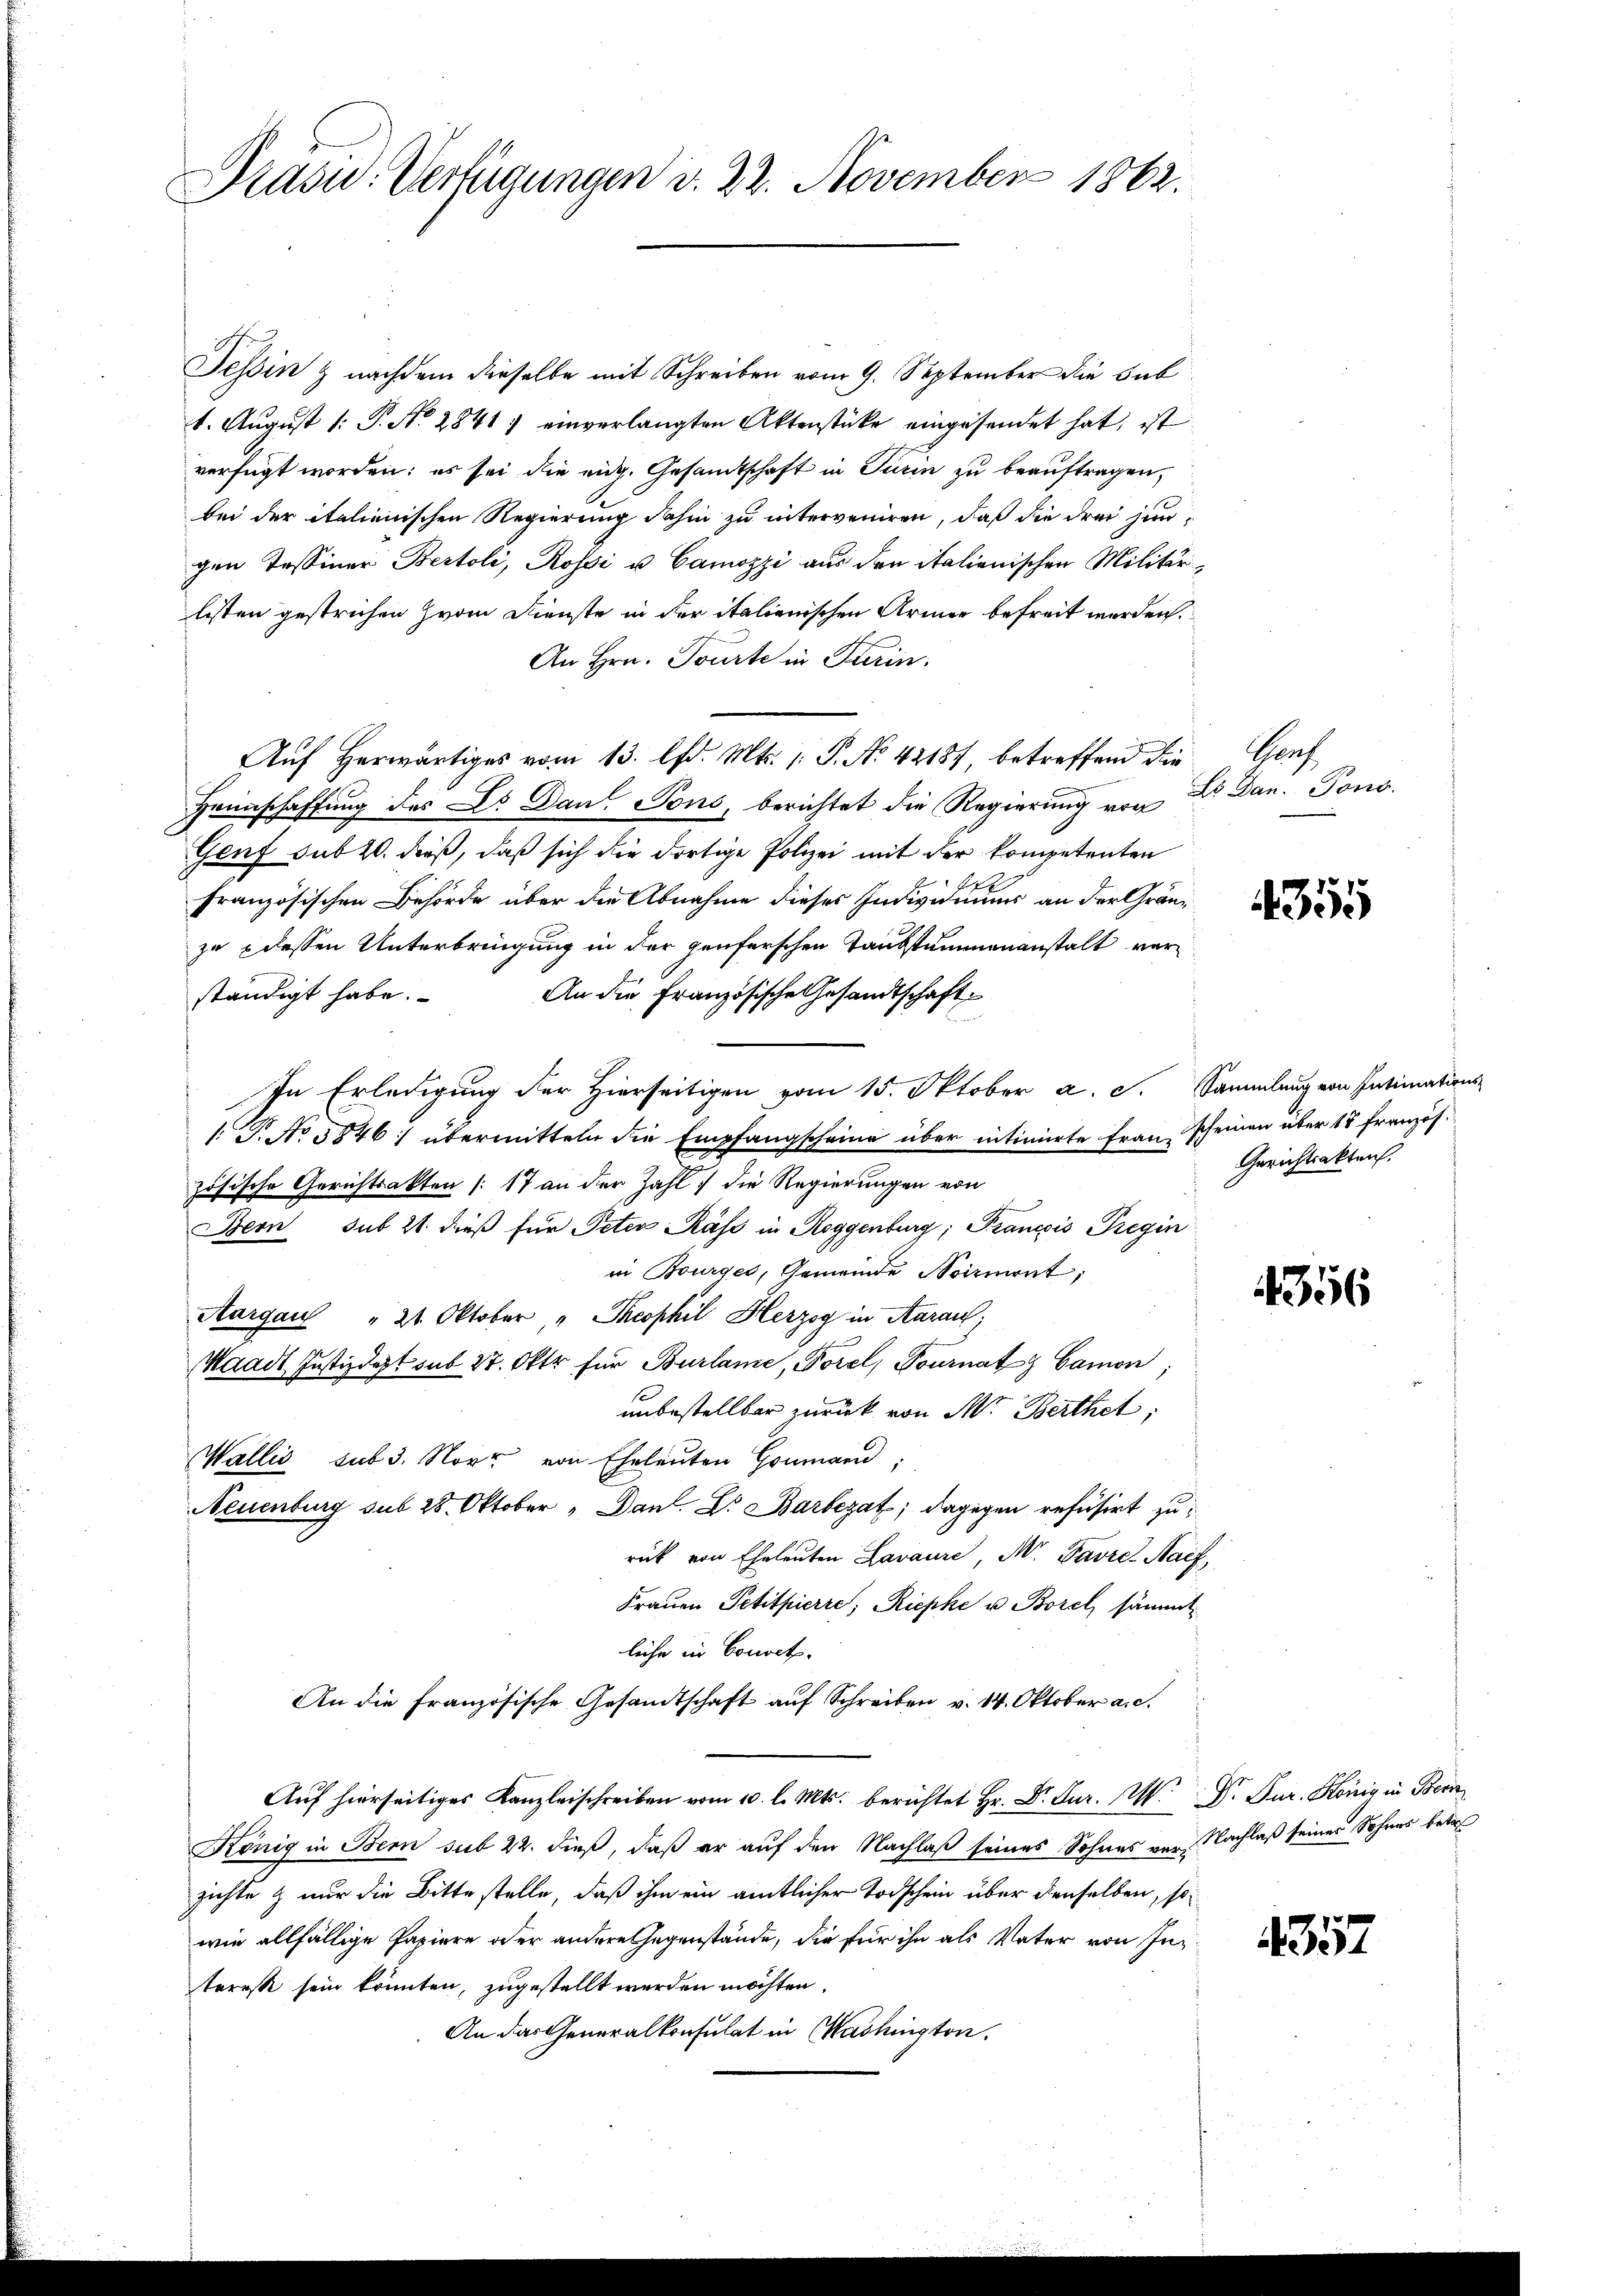
Präsid.. Verfügungen d. 22. November 1862.

Tessin & nachdem dieselbe mit Schreiben vom 9. September die Sub
1. August /: P. Nr. 2841 ; einverlangten Aktenstücke eingesendet hat, ist
verfügt worden: es sei die eidg. Gesandtschaft in Turin zu beauftragen,
bei der italienischen Regierung dahin zu interveniren, daß die drei jungen Tessiner Bertoli, Rossi u. Camozzi aus den italienischen Militärlisten gestrichen vom Dienste in der italienischen Armer befreit werden.
An Hrn. Tourte in Turin.
Aŭf herwärtiges vom 13. lfd. Mts. 1. P. Nr. 42187, betreffend die Genf
Heimschaffung des Dr. Dan Tons, berichtet die Regierung von
Genf sub 20. dieß, daß sich die dortige Polizei mit der kompetenten
f
französischen Behörde über die Abnahme dieses Individuums an der Gränzzu 8 dessen Unterbringung in der genferschen Taubstummenanstalt ver¬
An die Französische Gesandtschaft
ständigt habe.
In Erledigung der Hierseitigen vom 15. Oktober a. c. Sammlung von Intimations-
1. P. No 3846; übermitteln die Empfangscheine über intimierte Frau scheinen über 15 französ.
zösische Gerichtsakten (:17 an der Zahl die Regierungen von
Bern sub 21. dieß für Peter Käse in Roggenburg; Prancois Gregin
in Bourger, Gemeinde Noirient
Aargau " 21. Oktober "Theophil Herzog in Aarau
Waadt Justizdept sub 27. Oktr für Burlame, Porel, Tournatz Camon;
unbestellter zurück von M. Berthet,
Wallis sub 3. Nov. von Eheleuten Goumann,
Neuenburg sub 28. Oktober „Danl. L. Barbezat; dagegen refusirt zurück von Eheleuten Lavaure, Mr. Favre Nach,
Frauen Petitpierre, Riepke u. Borel, sämmt
liche in Convet.
An die Französische Gesandtschaft auf Schreiben v. 14. Oktober a. c.
Auf hierseitiges Kanzlerschreiben vom 10. l. Mts. berichtet Hr. Dr. Jur. M. D. Jur. König in Bern
König in Bern sub 22. dieß, daß er auf den Nachlaß seines Sohnes von Nachlaß seines Sohnes betref
zichte & nur die Bitte stelle, daß ihm ein amtlicher Todschein über denselben, sowie allfällige Papiere oder andere Gegenstände, die für ihn als Vater von Interesse sein könnten, zugestellt werden möchten.
An das Generalkonsulat in Washington.

Hs. Jan. Pons.

4355

Gerichtsakten.

4356

4357